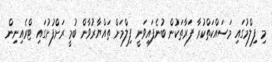
މި ފިލްމުގައި މަސައްކަތްކުރާ ފަރާތަކުން ބުނެފައިވަނީ ފިލްމަށް ތައްޔާރުވާން ބުމީ ރަށްފުށުގައި ޓްރެއިނިން